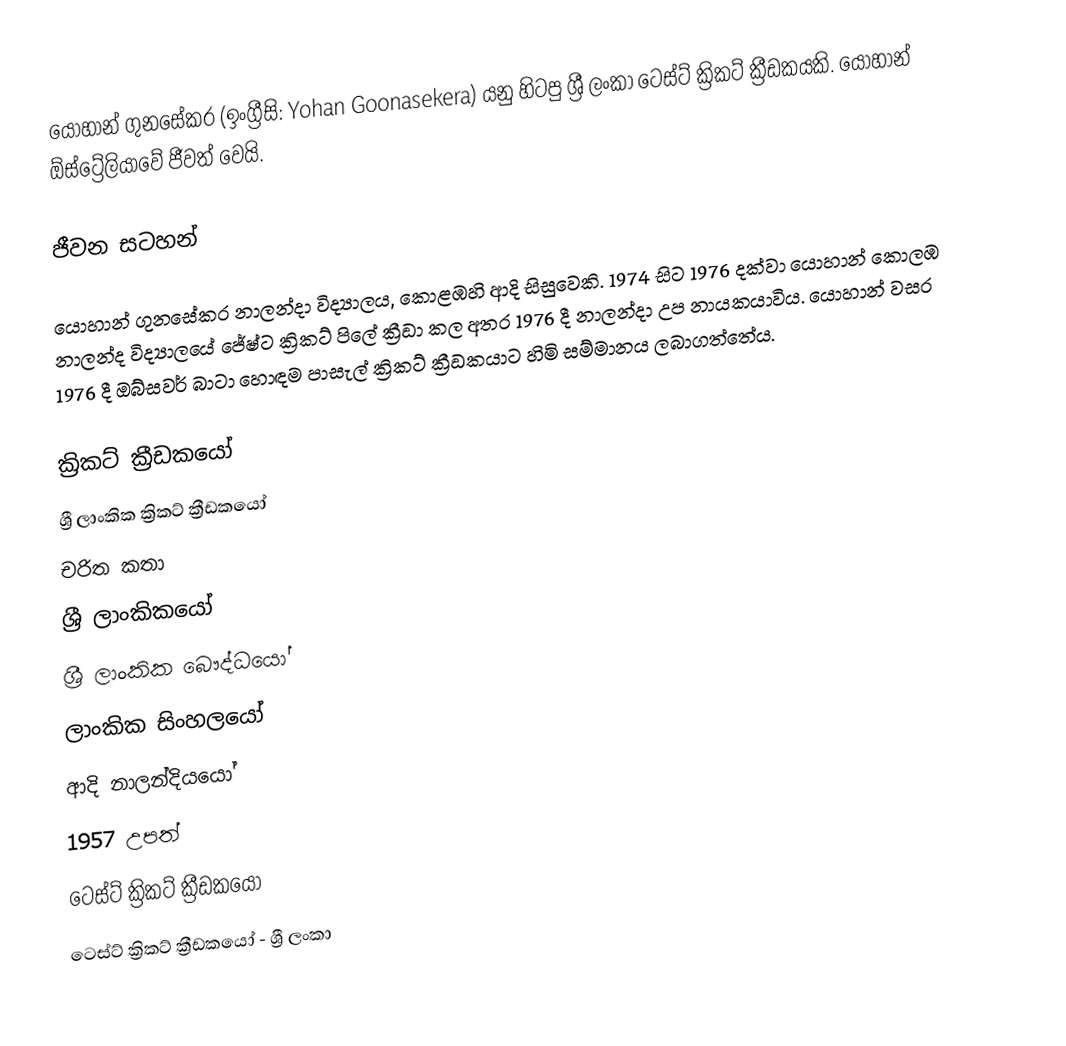
යොහාන් ගුනසේකර (ඉංග්‍රීසි: Yohan Goonasekera) යනු හිටපු ශ්‍රී ලංකා ටෙස්ට් ක්‍රිකට් ක්‍රීඩකයකි. යොහාන් ඕස්ට්‍රේලියාවේ ජීවත් වෙයි.

ජීවන සටහන්

යොහාන් ගුනසේකර  නාලන්දා විද්‍යාලය, කොළඹහි ආදි සිසුවෙකි. 1974 සිට 1976 දක්වා යොහාන් කොලඹ නාලන්ද  විද්‍යාලයේ ජේෂ්ට ක්‍රිකට් පිලේ ක්‍රීඞා කල අතර 1976 දී නාලන්දා උප නායකයාවිය. යොහාන් වසර 1976 දී ඔබ්සවර් බාටා හොඳම පාසැල් ක්‍රිකට් ක්‍රීඞකයාට හිමි සම්මානය ලබාගත්තේය.

ක්‍රිකට් ක්‍රීඩකයෝ
ශ්‍රී ලාංකික ක්‍රිකට් ක්‍රීඩකයෝ
චරිත කතා
ශ්‍රී ලාංකිකයෝ
ශ්‍රී ලාංකික බෞද්ධයෝ
ලාංකික සිංහලයෝ
ආදි නාලන්දියයෝ
1957 උපත්
ටෙස්ට් ක්‍රිකට් ක්‍රීඩකයෝ
ටෙස්ට් ක්‍රිකට් ක්‍රීඩකයෝ - ශ්‍රී ලංකා